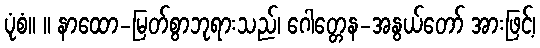
ပုံစံ။ ။ နာထော-မြတ်စွာဘုရားသည်၊ ဂေါတ္တေန-အနွယ်တော် အားဖြင့်၊